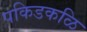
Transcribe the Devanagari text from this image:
पकिडकळि